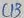
Text: C13